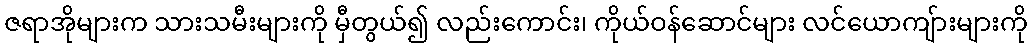
ဇရာအိုများက သားသမီးများကို မှီတွယ်၍ လည်းကောင်း၊ ကိုယ်ဝန်ဆောင်များ လင်ယောကျ်ားများကို